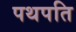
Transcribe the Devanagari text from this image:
पथपति